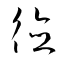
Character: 德